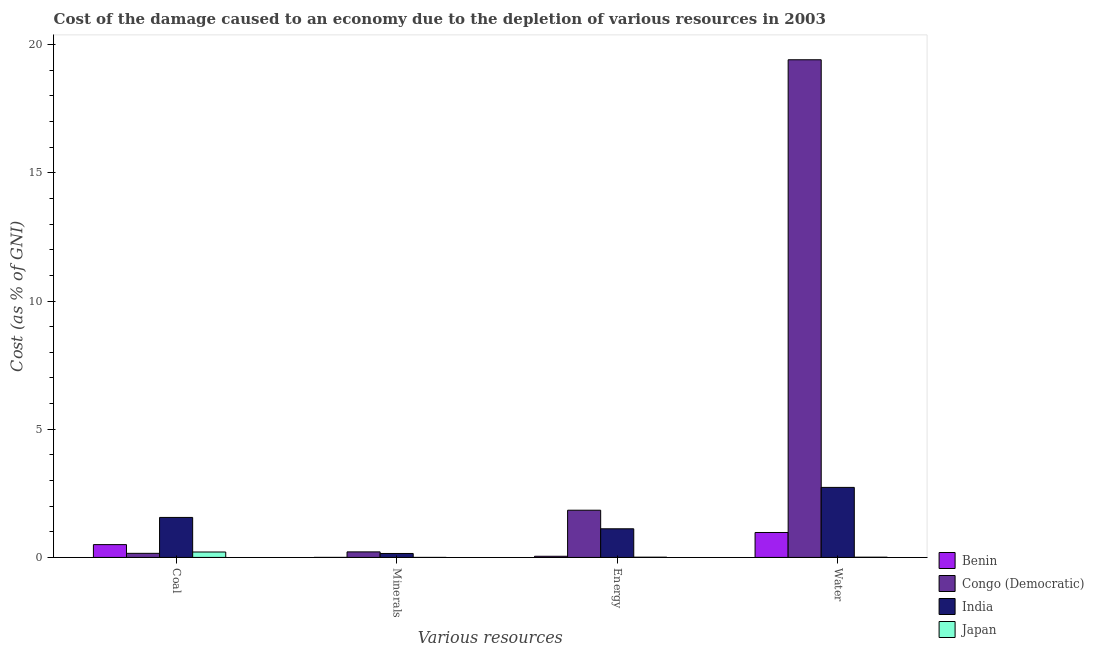
| Various resources | Benin | Congo (Democratic) | India | Japan |
 | --- | --- | --- | --- | --- |
 | Coal | 0.5 | 0.16 | 1.56 | 0.211 |
 | Minerals | 0.00111 | 0.216 | 0.154 | 0.000254 |
 | Energy | 0.0447 | 1.84 | 1.12 | 0.0088 |
 | Water | 0.973 | 19.4 | 2.73 | 0.00906 |